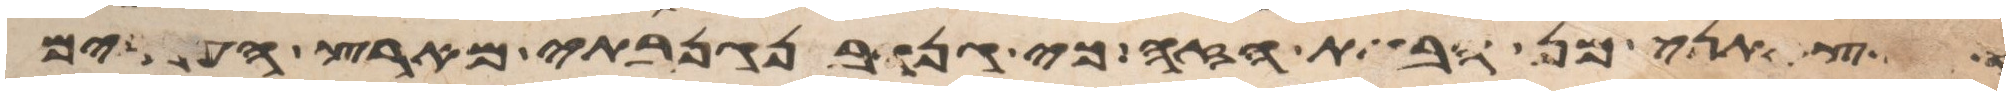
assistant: והוצאתני מן הבית הזה כי גנוב נגנבתי מארץ העברים